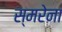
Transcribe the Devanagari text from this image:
स्मरेना